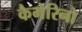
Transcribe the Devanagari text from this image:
कैमेरिनो